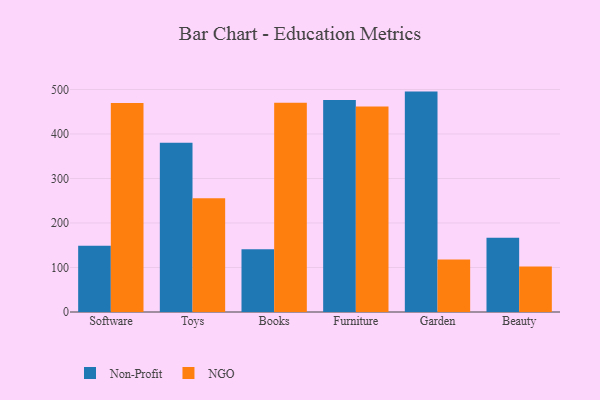
{"axis": {"x": "Category", "y": "Net Income (USD K)"}, "legend": ["NGO", "Non-Profit"], "data": [{"x": "Software", "y": 148.7, "type": "Non-Profit"}, {"x": "Software", "y": 469.9, "type": "NGO"}, {"x": "Toys", "y": 380.3, "type": "Non-Profit"}, {"x": "Toys", "y": 255.9, "type": "NGO"}, {"x": "Books", "y": 141.1, "type": "Non-Profit"}, {"x": "Books", "y": 470.2, "type": "NGO"}, {"x": "Furniture", "y": 476.7, "type": "Non-Profit"}, {"x": "Furniture", "y": 461.7, "type": "NGO"}, {"x": "Garden", "y": 495.3, "type": "Non-Profit"}, {"x": "Garden", "y": 118.0, "type": "NGO"}, {"x": "Beauty", "y": 166.9, "type": "Non-Profit"}, {"x": "Beauty", "y": 102.4, "type": "NGO"}]}